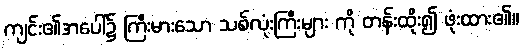
ကျင်း၏အပေါ်၌ ကြီးမားသော သစ်လုံးကြီးများ ကို တန်းထိုး၍ ဖုံးထား၏။